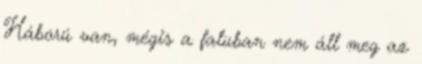
Háború van, mégis a faluban nem áll meg az